Annual report on the Civil Veterinary Department, Burma (including the Insein Veterinary School) - 1910-1922
Year: 1910
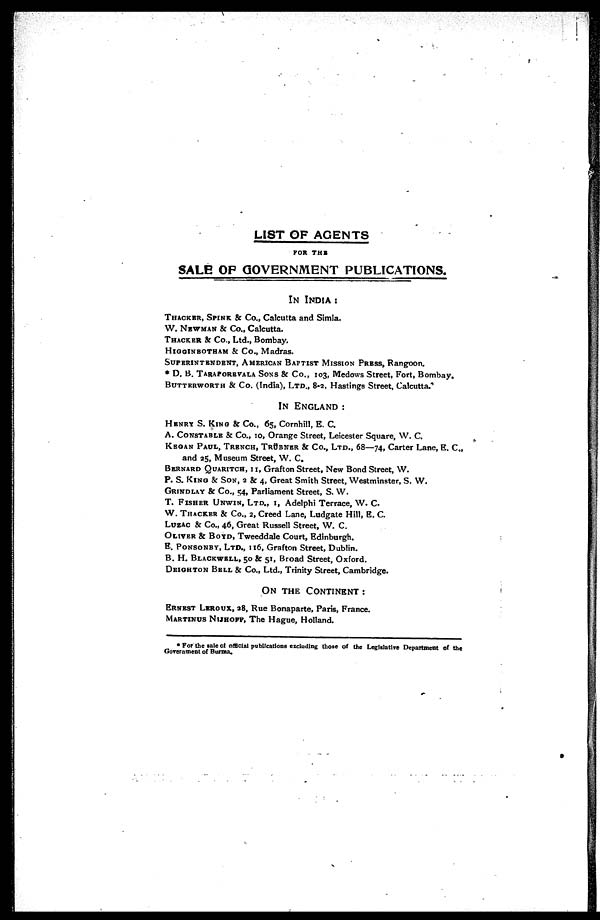
LIST OF AGENTS
FOR THE
SALE OF GOVERNMENT PUBLICATIONS.
IN INDIA :
THACKER, SPINK & Co., Calcutta and Simla.
W. NEWMAN & Co., Calcutta.
THACKER & Co., Ltd., Bombay.
HIGGINBOTHAM & Co., Madras.
SUPERINTENDENT, AMERICAN BAPTIST MISSION PRESS, Rangoon.
* D. B. TARAPOREVALA SONS & Co., 103, Medows Street, Fort, Bombay.
BUTTERWORTH & Co. (India), Ltd., 8.2, Hastings Street, Calcutta.*
IN ENGLAND :
HENRY S. KING & Co., 65, Cornhill, E. C.
A. CONSTABLE & Co., 10, Orange Street, Leicester Square, W. C.
KEGAN PAUL, TRENCH, TRÜBNER & Co., LTD., 68—74, Carter Lane, E. C.,
and 25, Museum Street, W. C.
BERNARD QUARITCH, 11, Grafton Street, New Bond Street, W.
P. S. KING & SON, 2 & 4, Great Smith Street, Westminster, S. W.
GRINDLAY & Co., 54, Parliament Street, S. W.
T. FISHER UNWIN, Ltd., 1, Adelphi Terrace, W. C.
W. THACKER, 2, Creed Lane, Ludgate Hill, E. C.
LUZAC & Co . , 46, Great Russell Street, W. C.
OLIVER & BOYD, Tweeddale Court, Edinburgh.
E. PONSONBY, LTD., 116, Grafton Street, Dublin.
B. H. BLACKWELL, 50 & 51, Broad Street, Oxford.
DEIGHTON BELL & Co., Ltd., Trinity Street, Cambridge.
ON THE CONTINENT :
ERNEST LEROUX, 28, Rue Bonaparte, Paris, France.
MARTINUS NIJHOFF, The Hague, Holland.
* For the sale of official publications excluding those of the Legislative Department of the
Government of Burma.